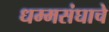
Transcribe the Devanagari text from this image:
धम्मसंघाचे